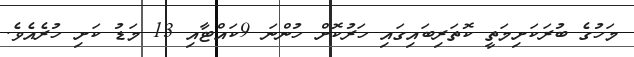
މަހުގެ ބުރަކަށިމަތީ ކޮތަރިބައިގައި ހަރުކޮށް ހުންނަ 9ކައްޓާއި 13 މަޑު ކަށި ހުރެއެވެ.